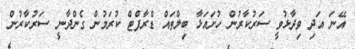
އޭނަ އަދި ވިދާޅުވީ ސަރުކާރުން ހުށައަޅާ ބިލްތައް ޑްރާފްޓް ކުރަމުން ގެންދާނީ ސަރުކާރުން